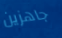
جاهزين